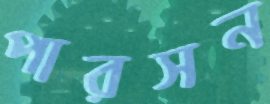
পারসন